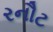
રનૌટ